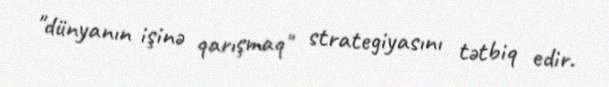
"dünyanın işinə qarışmaq" strategiyasını tətbiq edir.